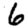
Digit: 6